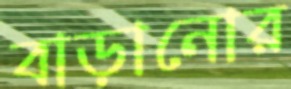
বাড়ানোর